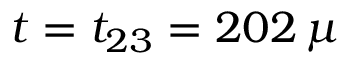
t = t _ { 2 3 } = 2 0 2 \, \mu